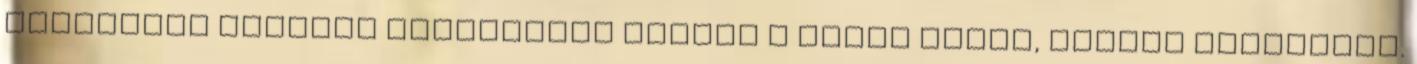
általában gyengéd érzelmeket táplál a férfi iránt, akivel lefekszik.